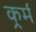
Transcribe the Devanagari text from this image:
कर्र्म